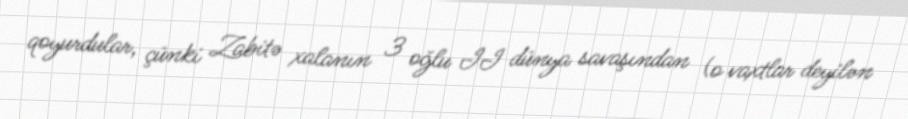
qoyurdular, çünki Zabitə xalanın 3 oğlu II dünya savaşından (o vaxtlar deyilən